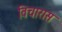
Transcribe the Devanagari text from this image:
विचारास